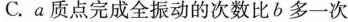
C.a质点完成全振动的次数比b多一次